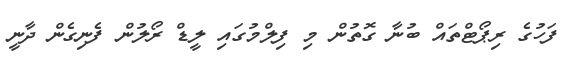
ފަހުގެ ރިޕޯޓްތައް ބުނާ ގޮތުން މި ފިލްމުގައި ލީޑް ރޯލުން ފެނިގެން ދާނީ